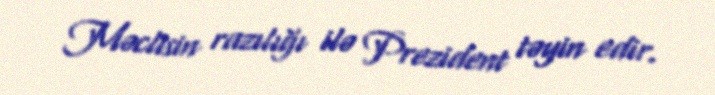
Məclisin razılığı ilə Prezident təyin edir.